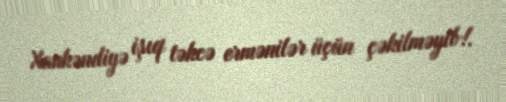
Xankəndiyə işıq təkcə ermənilər üçün çəkilməyib!.